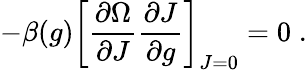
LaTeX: -\beta(g)\left[\frac{\partial\Omega}{\partial J}\frac{\partial J}{\partial g}\right]_{J=0}=0\; .